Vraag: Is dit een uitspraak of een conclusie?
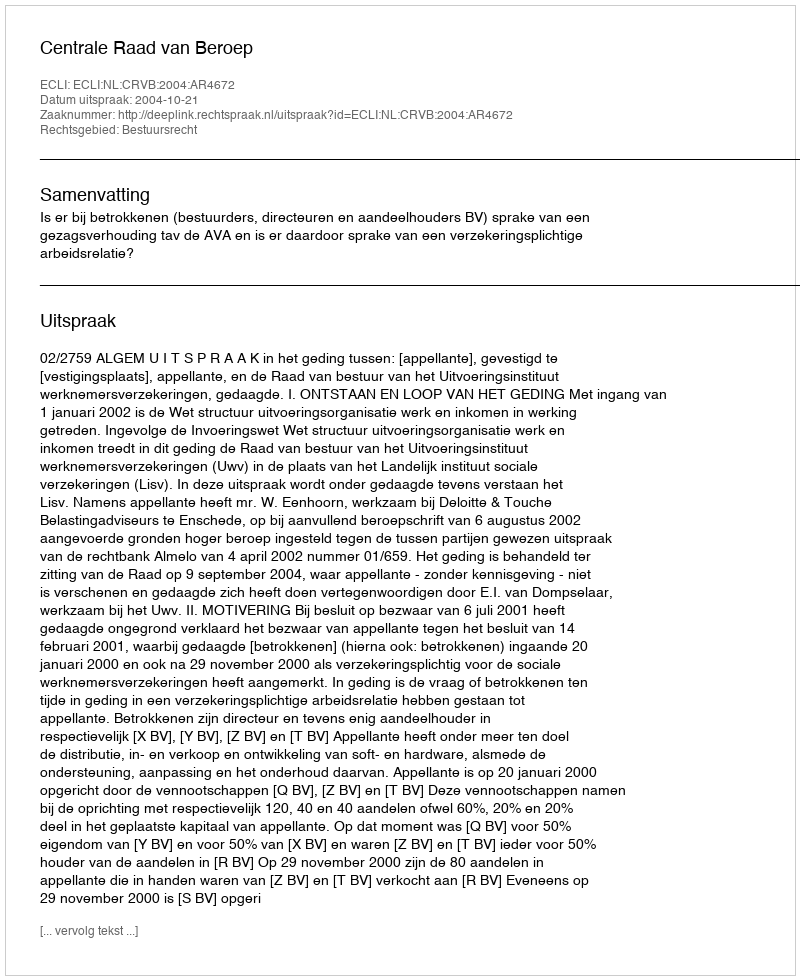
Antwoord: Uitspraak